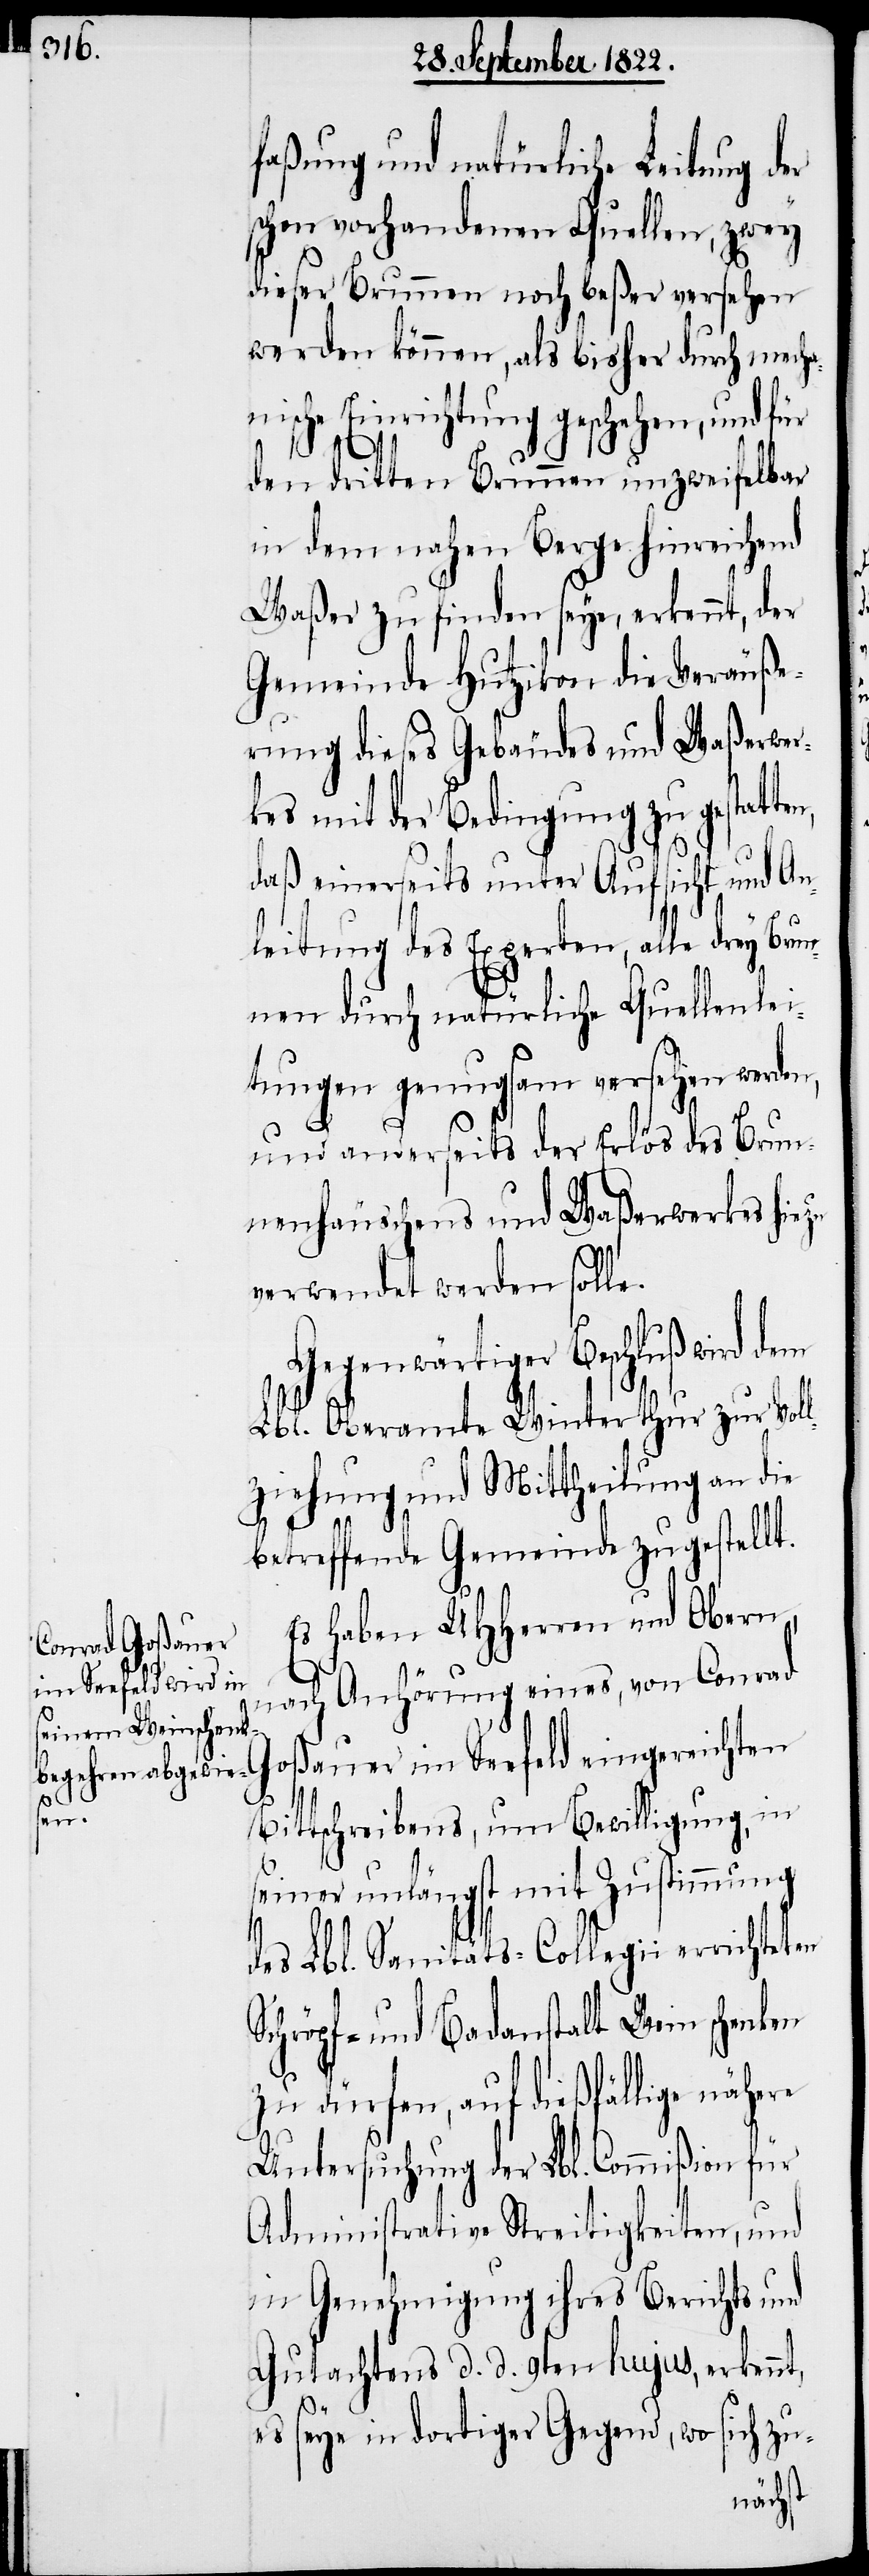
faßung und natürliche Leitung der
schon vorhandenen Quellen, zwey
dieser Brunnen noch beßer versehen
werden können, als bisher durch mecha¬
nische Einrichtung geschehen, und für
S¬
den dritten Brunnen unzweifelbar
in dem nahen Berge hinreichend
Waßer zu finden seye, erkennt, der
Gemeinde Hutzikon die Veräuße¬
rung dieses Gebäudes und Waßerwer¬
kes mit der Bedingung zu gestatt¬
daß einerseits unter Aufsicht und An¬
leitung des Experten, alle drey Brun¬
nen durch natürliche Quellenlei¬
tungen genugsam versehen werden,
und anderseits der Erlös des Brun¬
nenhäuschens und Waßerwerkes hiezu
verwendet werden solle.
Gegenwärtiger Beschluß wird dem
Lbl. Oberamte Winterthur zur Vol¬
lziehung und Mittheilung an die
betreffende Gemeinde zugestellt.
Es haben UHHerrn und Obern,
nach Anhörung eines, von Conrad
oßauer im Seefeld eingereichten
eten
Bittschreibens, um Bewilligung in
seiner unlängst mit Zustimmung
des Lbl. Sanitäts-Collegii erricht¬
chröpf- und Badeanstalt Wein schenken
zu dürfen, auf dießfällige nähere
Untersuchung der Lbl. Commißion für
Administrative Streitigkeiten, und
in Genehmigung ihres Berichts und
Gutachtens d. d. 9ten hujus, erkennt,
es seye in dortiger Gegend, wo sich zu-